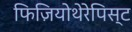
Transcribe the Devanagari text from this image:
फिज़ियोथेरेपिस्ट